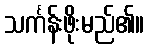
သင်္ကန်းဖိုးမည်၏။